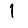
Digit: 1